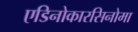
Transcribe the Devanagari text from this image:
एडिनोकारसिनोमा